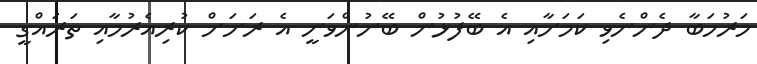
މަރުހަބާ ދެންނެވި ކަމަށާއި އެ ބޭފުޅުން ބޭނުންވަނީ އެ ރަށަށް ކުރިއެރުމާއި ތަރައްގީ